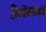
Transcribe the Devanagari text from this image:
प्रिऑक्साइड